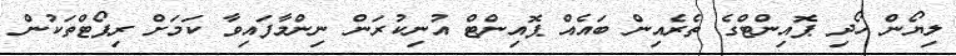
ލިޔޯން ހޯދި ޕޮއިންޓްގެ ތެރެއިން ބައެއް ޕޮއިންޓް އުނިކުރަން ނިންމާފައިވާ ކަމަށް ރިޕޯޓްތަކުން